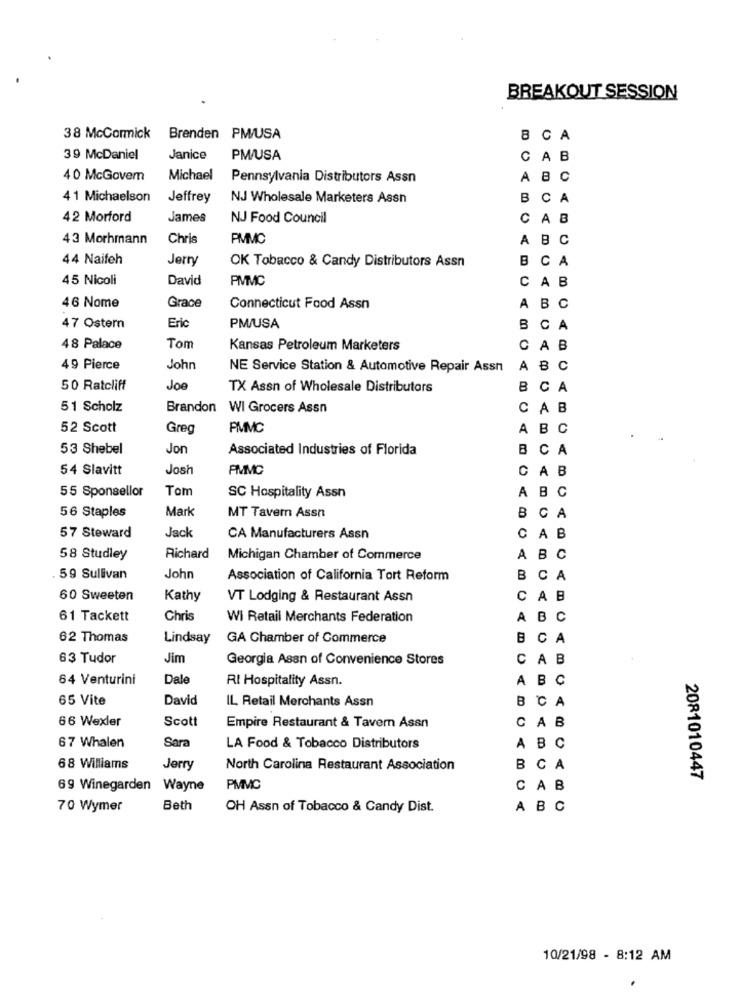
BREAKOUT SESSION
38 McCormick Brenden PM/USA
BCA
39 McDaniel
Janice
PM/USA
CAB
40 McGovern
Michael
Pennsylvania Distributors Assn
ABC
4 1 Michaelson
Jeffrey
NJ Wholesale Marketers Assn
B CA
42 Morford
James
NJ Food Council
CAB
43 Morhmann
Chris
PMMC
A B C
44 Naifeh
Jerry
OK Tobacco & Candy Distributors Assn
B CA
45 Nicoli
David
PIMMC
CAB
Grace
46 Nome
Connecticut Food Assn
A BC
47 Ostern
Eric
PM/USA
BCA
48 Palace
Tom
Kansas Petroleum Marketers
CAB
49 Pierce
John
NE Service Station & Automotive Repair Assn
A BC
50 Ratcliff
JOE
TX Assn of Wholesale Distributors
BCA
51 Scholz
Brandon WI Grocers Assn
CAB
52 Scott
Greg
PMMC
ABC
53 Shebel
Jon
Associated Industries of Florida
B CA
54 Slavitt
Josh
FIMMC
CAB
55 Sponsellor
Tom
SC Hospitality Assn
ABC
Mark
MT Tavern Assn
56 Staples
B CA
57 Steward
Jack
CA Manufacturers Assn
CAB
58 Studley
Richard
Michigan Chamber of Commerce
ABC
59 Sullivan
John
Association of California Tort Reform
B CA
60 Sweeten
Kathy
VT Lodging & Restaurant Assn
CAB
61 Tackett
Chris
Wi Retail Merchants Federation
A B C
62 Thomas
Lindsay
GA Chamber of Commerce
B CA
63 Tudor
Jim
Georgia Assn of Convenience Stores
CAB
64 Venturini
Dale
RI Hospitality Assn.
ABC
65 Vite
David
IL Retail Merchants Assn
B CA
66 Wexler
Scott
Empire Restaurant & Tavem Assn
CAB
Sara
67 Whalen
LA Food & Tobacco Distributors
A BC
68 Williams
Jerry
North Carolina Restaurant Association
B CA
2081010447
69 Winegarden Wayne
PMMC
CAB
70 Wymer
Beth
OH Assn of Tobacco & Candy Dist.
A B C
10/21/98 - 8:12 AM